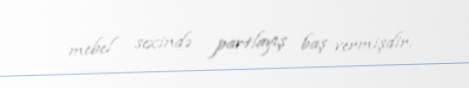
mebel sexində partlayış baş vermişdir.